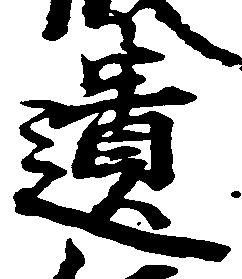
遺